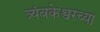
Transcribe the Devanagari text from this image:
त्र्यंबकेश्वरच्या